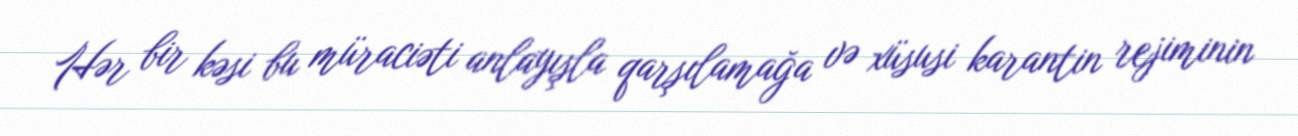
Hər bir kəsi bu müraciəti anlayışla qarşılamağa və xüsusi karantin rejiminin